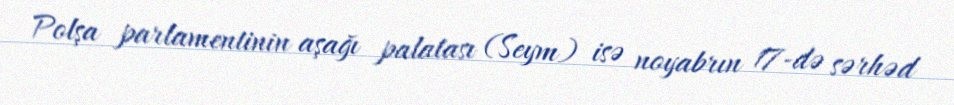
Polşa parlamentinin aşağı palatası (Seym) isə noyabrın 17-də sərhəd